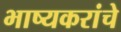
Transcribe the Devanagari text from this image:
भाष्यकरांचे